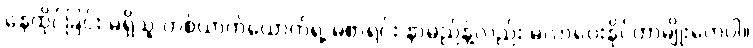
နေထိုင်ခြင်း မရှိသူ တစ်ယာက်ယောက်ရဲ့ မဲစာရင်း နာမည်နဲ့လည်း မဲလာပေးနိုင်တာမျိုးတွေပါ။